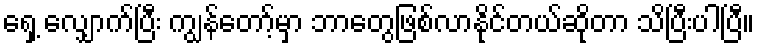
ရှေ့ လျှောက်ပြီး ကျွန်တော့်မှာ ဘာတွေဖြစ်လာနိုင်တယ်ဆိုတာ သိပြီးပါပြီ။